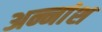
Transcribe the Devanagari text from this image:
अन्नांश